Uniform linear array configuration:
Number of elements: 12
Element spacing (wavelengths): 0.5
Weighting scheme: cosine
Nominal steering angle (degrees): -30
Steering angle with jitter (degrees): -31.606
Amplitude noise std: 0.05
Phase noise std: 0.05

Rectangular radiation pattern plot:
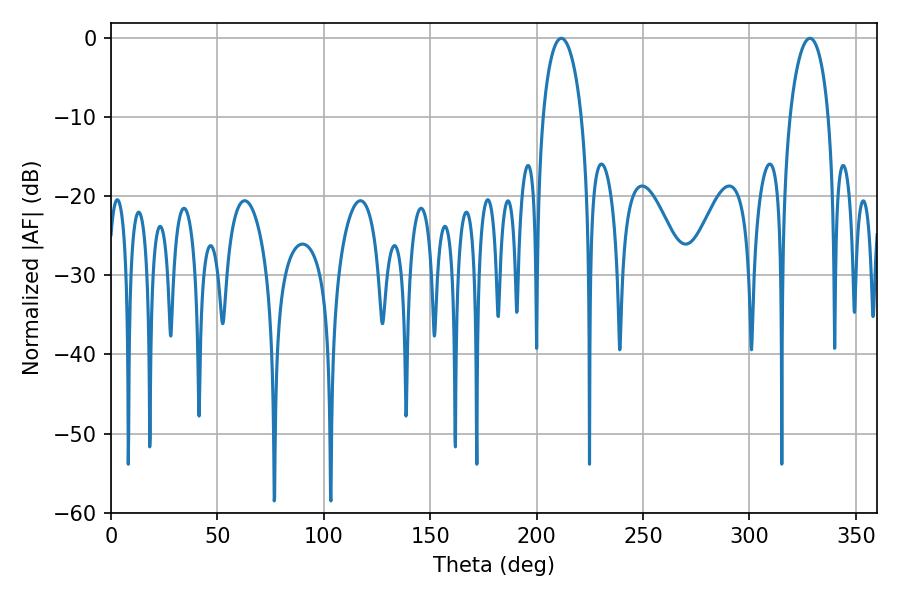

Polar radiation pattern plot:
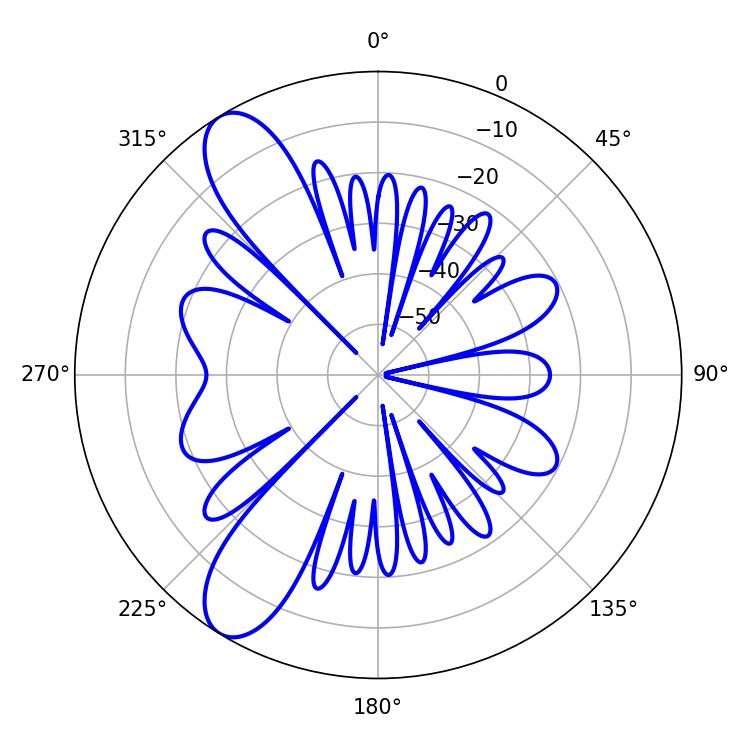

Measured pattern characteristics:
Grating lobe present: FALSE
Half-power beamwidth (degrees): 10.44
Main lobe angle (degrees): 211.5